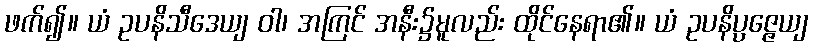
ဖက်၍။ ယံ ဥပနိသီဒေယျ ဝါ၊ အကြင် အနီး၌မူလည်း ထိုင်နေရာ၏။ ယံ ဥပနိပ္ပဇ္ဇေယျ